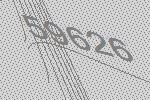
59626